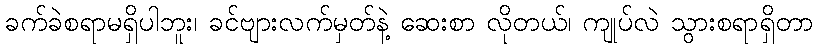
ခက်ခဲစရာမရှိပါဘူး၊ ခင်ဗျားလက်မှတ်နဲ့ ဆေးစာ လိုတယ်၊ ကျုပ်လဲ သွားစရာရှိတာ